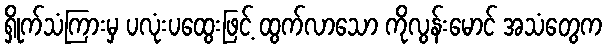
ရှိုက်သံကြားမှ ပလုံးပထွေးဖြင့် ထွက်လာသော ကိုလွန်းမောင် အသံတွေက